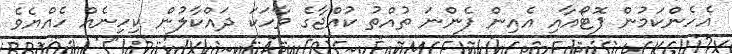
އެހެންކަމުން ފޮޓޯއާއި އެއިން ފެންނަ ތުއްތު ކުއްޖާގެ ވާހަކަ ދައްކާލުން ކިހިނެއް ހެއްޔެވެ